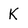
Character: K